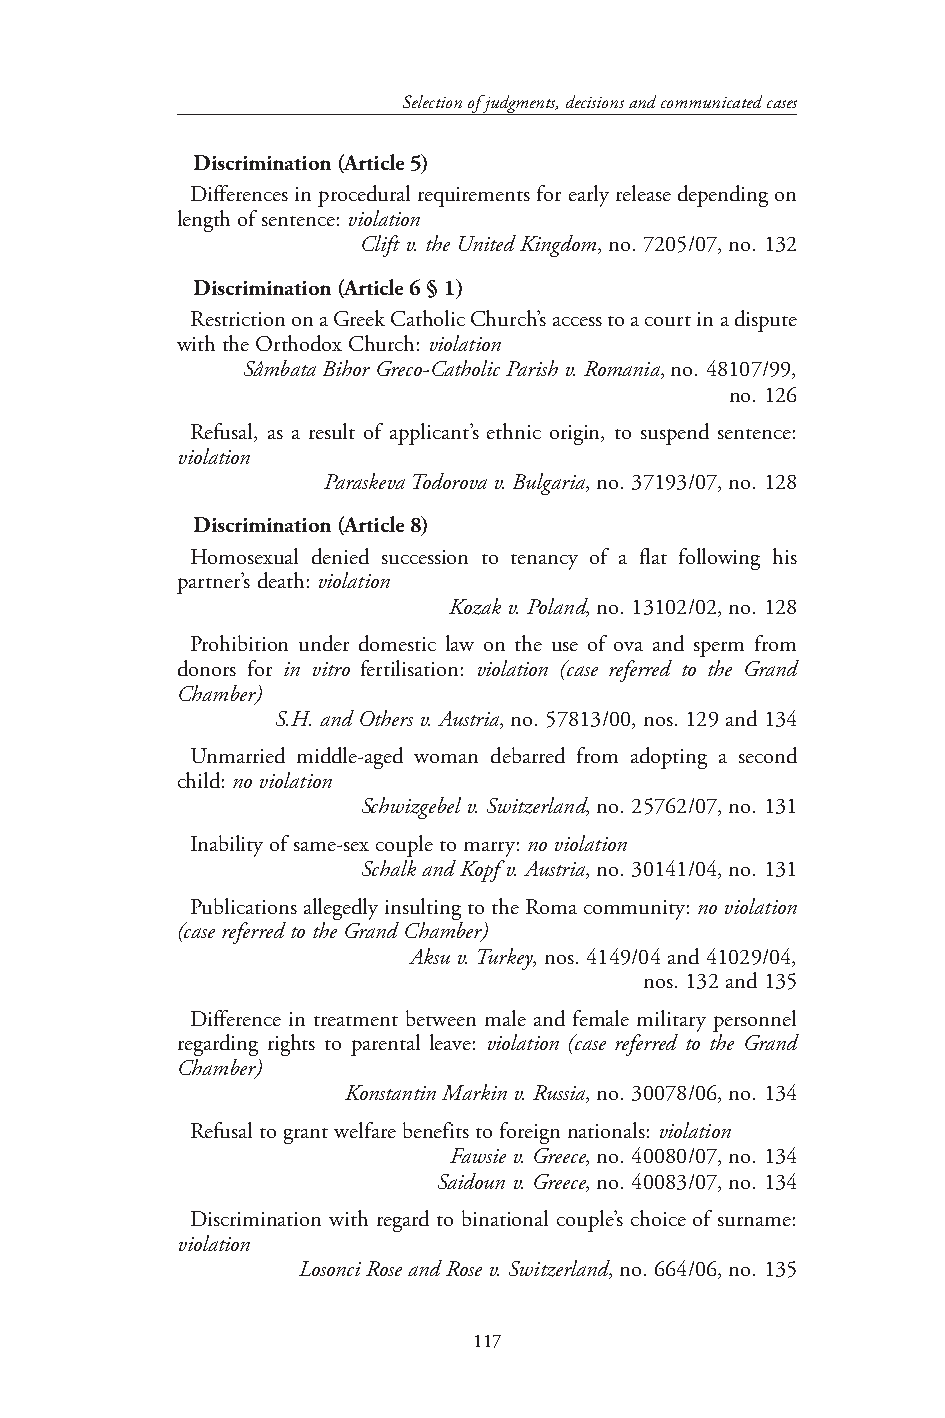
Selection of judgments, decisions and communicated cases
 Discrimination (Article 5)
 Differences in procedural requirements for early release depending on
 length of sentence: violation
 Clift v. the United Kingdom, no. 7205/07, no. 132
 Discrimination (Article 6 § 1)
 Restriction on a Greek Catholic Church’s access to a court in a dispute
 with the Orthodox Church: violation
 Sâmbata Bihor Greco-Catholic Parish v. Romania, no. 48107/99,
 no. 126
 Refusal, as a result of applicant’s ethnic origin, to suspend sentence:
 violation
 Paraskeva Todorova v. Bulgaria, no. 37193/07, no. 128
 Discrimination (Article 8)
 Homosexual denied succession to tenancy of a flat following his
 partner’s death: violation
 Kozak v. Poland, no. 13102/02, no. 128
 Prohibition under domestic law on the use of ova and sperm from
 donors for in vitro fertilisation: violation (case referred to the Grand
 Chamber)
 S.H. and Others v. Austria, no. 57813/00, nos. 129 and 134
 Unmarried middle-aged woman debarred from adopting a second
 child: no violation
 Schwizgebel v. Switzerland, no. 25762/07, no. 131
 Inability of same-sex couple to marry: no violation
 Schalk and Kopf v. Austria, no. 30141/04, no. 131
 Publications allegedly insulting to the Roma community: no violation
 (case referred to the Grand Chamber)
 Aksu v. Turkey, nos. 4149/04 and 41029/04,
 nos. 132 and 135
 Difference in treatment between male and female military personnel
 regarding rights to parental leave: violation (case referred to the Grand
 Chamber)
 Konstantin Markin v. Russia, no. 30078/06, no. 134
 Refusal to grant welfare benefits to foreign nationals: violation
 Fawsie v. Greece, no. 40080/07, no. 134
 Saidoun v. Greece, no. 40083/07, no. 134
 Discrimination with regard to binational couple’s choice of surname:
 violation
 Losonci Rose and Rose v. Switzerland, no. 664/06, no. 135
 117